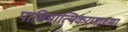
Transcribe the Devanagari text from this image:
पाश्चिमात्यिकरणाच्या